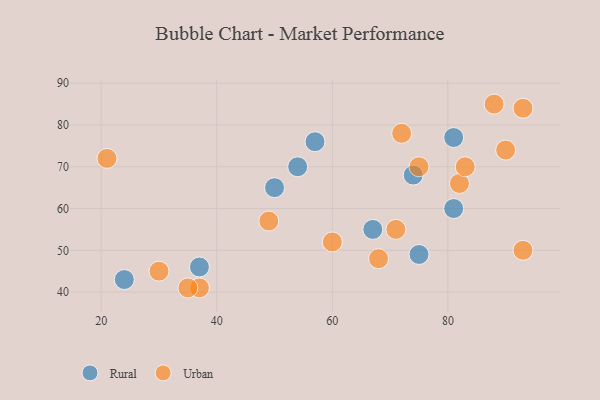
{"axis": {"x": "GDP", "y": "Life Expectancy"}, "legend": ["Rural", "Urban"], "data": [{"x": "75", "y": 49, "type": "Rural"}, {"x": "24", "y": 43, "type": "Rural"}, {"x": "81", "y": 77, "type": "Rural"}, {"x": "54", "y": 70, "type": "Rural"}, {"x": "37", "y": 46, "type": "Rural"}, {"x": "74", "y": 68, "type": "Rural"}, {"x": "67", "y": 55, "type": "Rural"}, {"x": "81", "y": 60, "type": "Rural"}, {"x": "50", "y": 65, "type": "Rural"}, {"x": "57", "y": 76, "type": "Rural"}, {"x": "90", "y": 74, "type": "Urban"}, {"x": "49", "y": 57, "type": "Urban"}, {"x": "71", "y": 55, "type": "Urban"}, {"x": "82", "y": 66, "type": "Urban"}, {"x": "72", "y": 78, "type": "Urban"}, {"x": "30", "y": 45, "type": "Urban"}, {"x": "88", "y": 85, "type": "Urban"}, {"x": "60", "y": 52, "type": "Urban"}, {"x": "83", "y": 70, "type": "Urban"}, {"x": "93", "y": 84, "type": "Urban"}, {"x": "37", "y": 41, "type": "Urban"}, {"x": "75", "y": 70, "type": "Urban"}, {"x": "93", "y": 50, "type": "Urban"}, {"x": "35", "y": 41, "type": "Urban"}, {"x": "21", "y": 72, "type": "Urban"}, {"x": "68", "y": 48, "type": "Urban"}]}